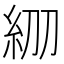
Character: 𥾞